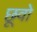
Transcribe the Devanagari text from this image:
छूवो